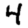
Digit: 4